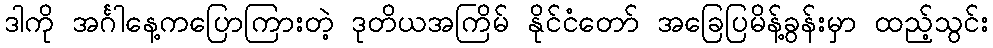
ဒါကို အင်္ဂါနေ့ကပြောကြားတဲ့ ဒုတိယအကြိမ် နိုင်ငံတော် အခြေပြမိန့်ခွန်းမှာ ထည့်သွင်း